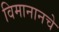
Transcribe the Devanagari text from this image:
विमानानचे